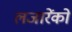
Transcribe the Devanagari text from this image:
लजारेंको